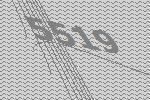
5519